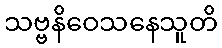
သဗ္ဗနိဝေသနေသူတိ